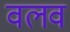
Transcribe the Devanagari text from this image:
वलव